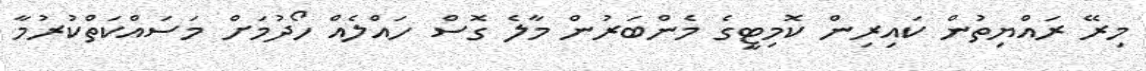
މިރޭ ރައްޔިތުން ކައިރިން ކޮމިޓީގެ މެންބަރުން މާލެ ގޮސް ހައްލެއް ހޯދުމަށް މަސައްކަތްކުރުމާ